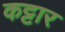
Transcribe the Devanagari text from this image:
कट्टार